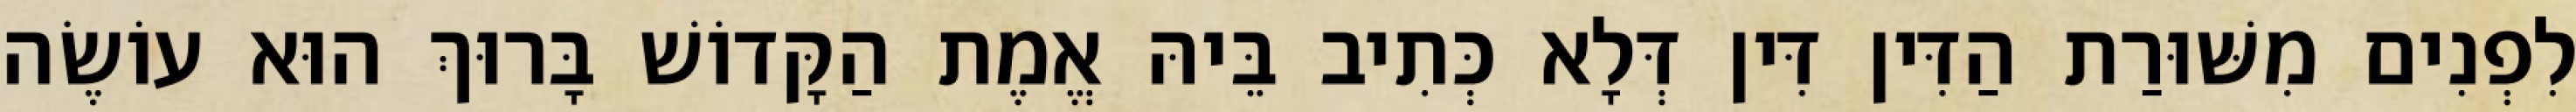
לִפְנִים מִשּׁוּרַת הַדִּין דִּין דְּלָא כְּתִיב בֵּיהּ אֱמֶת הַקָּדוֹשׁ בָּרוּךְ הוּא עוֹשֶׂה